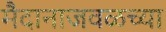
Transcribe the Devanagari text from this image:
मैदानाजवळच्या